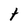
Character: t